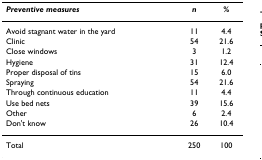
| Preventive measures | n | % |
 | --- | --- | --- |
 | Avoid stagnant water in the yard | 11 | 4.4 |
 | Clinic | 54 | 21.6 |
 | Close windows | 3 | 1.2 |
 | Hygiene | 31 | 12.4 |
 | Proper disposal of tins | 15 | 6.0 |
 | Spraying | 54 | 21.6 |
 | Through continuous education | 11 | 4.4 |
 | Use bed nets | 39 | 15.6 |
 | Other | 6 | 2.4 |
 | Don't know | 26 | 10.4 |
 | Total | 250 | 100 |